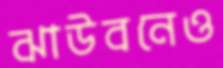
ঝাউবনেও